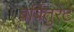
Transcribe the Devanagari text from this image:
बर्बितुरेट